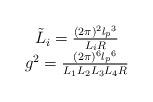
LaTeX: \begin{align*}\begin{array}{rcl}&\tilde L_i= \frac{(2\pi)^2 {l_p}^3}{L_i R} \\&g^2= \frac{ (2\pi)^6 {l_p}^6}{L_1 L_2 L_3 L_4 R} \\\end{array}\end{align*}